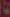
-